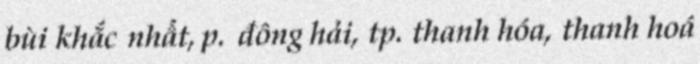
bùi khắc nhất, p. đông hải, tp. thanh hóa, thanh hoá